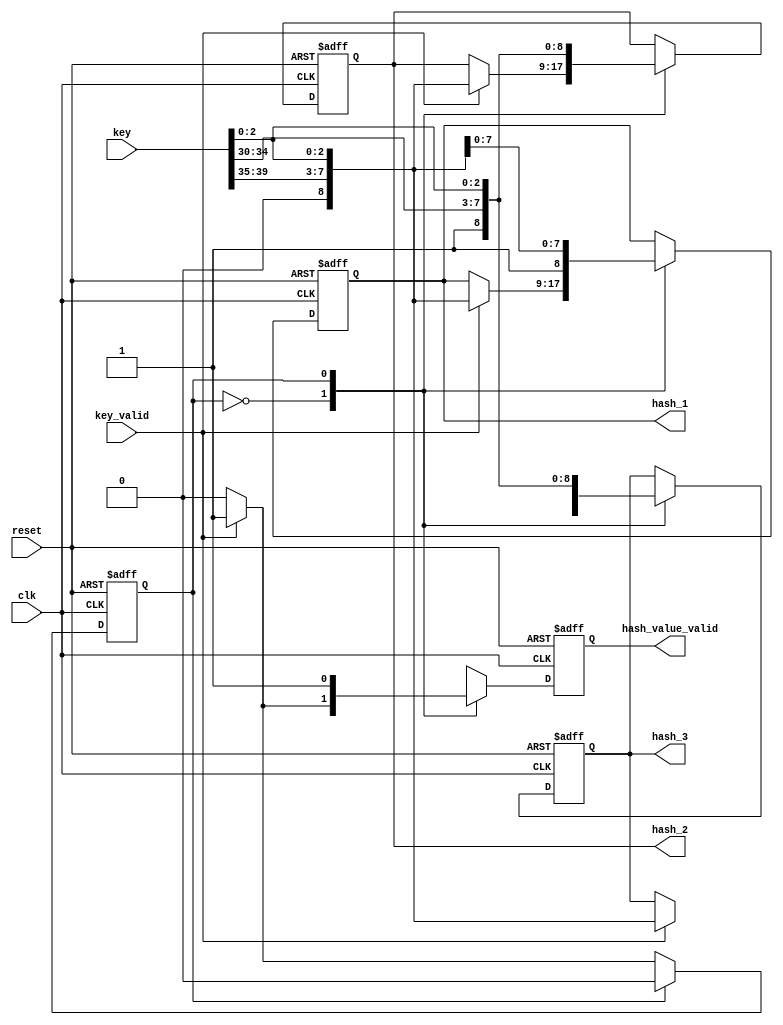
module hash_function(
clk,
reset,
key_valid,
key,
hash_value_valid,
hash_1,
hash_2,
hash_3
);

input	clk;
input	reset;
input	key_valid;
input	[39:0] key;
output	reg	hash_value_valid;
output	reg	[8:0]	hash_1;
output	reg	[8:0]	hash_2;
output	reg	[8:0]	hash_3;

reg		state;

always @ (posedge clk or negedge reset) begin
	if(!reset) begin
		hash_value_valid <= 1'b0;
		hash_1 <= 9'd0;
		hash_2 <= 9'd0;
		hash_3 <= 9'd0;
		state <= 1'b0;
	end
	else begin
		case(state)
			1'b0: begin
				if(key_valid == 1'b1) begin
					hash_value_valid <= 1'b1;
					hash_1 <= {1'b0,key[39:35],key[2:0]};
					hash_2 <= {1'b0,key[39:35],key[2:0]};
					hash_3 <= {1'b0,key[39:35],key[2:0]};
					state <= 1'b1;
				end
				else hash_value_valid <= 1'b0;
			end
			1'b1: begin
				hash_value_valid <= 1'b1;
				hash_1 <= {1'b1,key[39:35],key[2:0]};
				hash_2 <= {1'b1,key[34:30],key[2:0]};
				hash_3 <= {1'b1,key[34:30],key[2:0]};
				state <= 1'b0;
			end
		endcase
	end
end


endmodule